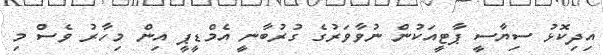
އިދިކޮޅު ސިޔާސީ ޕާޓީއަކުން ނުވާވަރުގެ ގުރުބާނީ އެމްޑީޕީ އިން މިހާރު ވެސް މި